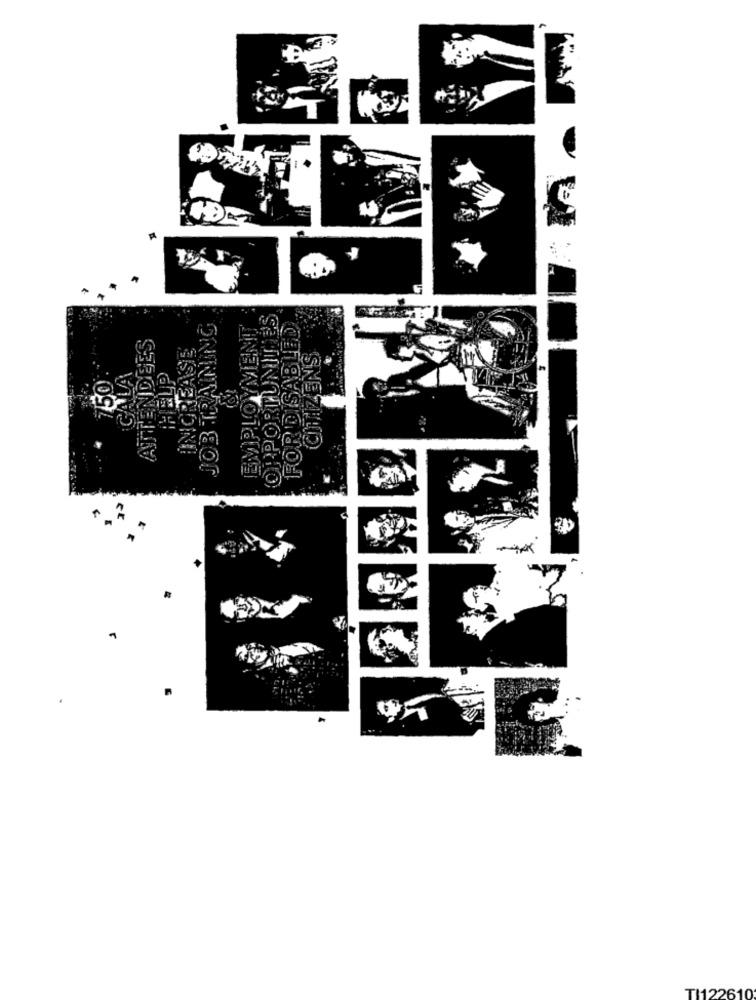
EMPLOYMENT
OPPORTUNITE'S
FOR DISABLED
ATTENDEES
INCREASE
CITIZENS
JOB TRAINE
¡GALA
HELP
750
:10
TI122